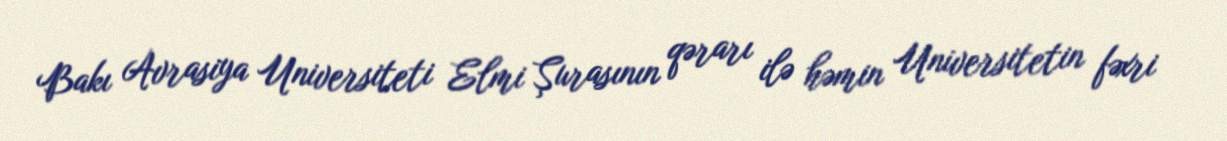
Bakı Avrasiya Universiteti Elmi Şurasının qərarı ilə həmin Universitetin fəxri